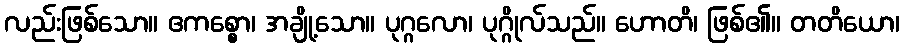
လည်းဖြစ်သော။ ဧကစ္စော၊ အချို့သော။ ပုဂ္ဂလော၊ ပုဂ္ဂိုလ်သည်။ ဟောတိ၊ ဖြစ်၏။ တတိယော၊